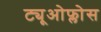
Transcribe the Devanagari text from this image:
ट्यूओफ्लोस